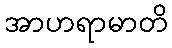
အာဟရာမာတိ